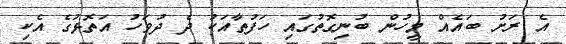
އެ ރަށު ބައެއް މީހުން ބުނިގޮތުގައި ހަފުތާއަކު ދެ ދުވަހު އަތޮޅުގެ އެކި